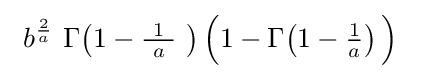
\ b^{\frac {2}{a}}\ \Gamma \!\left(1-{\tfrac {\ 1\ }{a}}\ \right){\Bigl (}1-\Gamma \!\left(1-{\tfrac {1}{a}}\right){\Bigr )}\